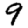
Digit: 9